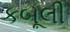
કબૂલી